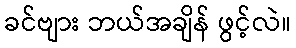
ခင်ဗျား ဘယ်အချိန် ဖွင့်လဲ။